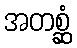
အတစ္ဆံ